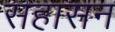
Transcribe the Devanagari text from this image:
सहासन